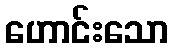
ဟောင်းသော